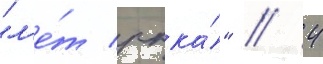
"л'е́т ркка́" // 4